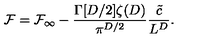
{ \cal F } = { \cal F } _ { \infty } - \frac { \Gamma [ D / 2 ] \zeta ( D ) } { \pi ^ { D / 2 } } \frac { \tilde { c } } { L ^ { D } } .